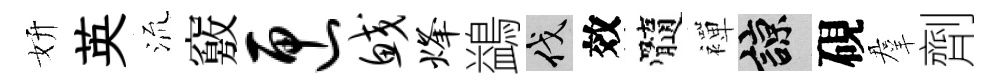
妍英𣴑竅匣鲛烽鷁伐效髓襌諒硯羣劑